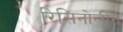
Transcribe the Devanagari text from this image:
रिसिनोलीन